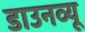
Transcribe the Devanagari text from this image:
डाउनव्यू